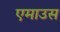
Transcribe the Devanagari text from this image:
एमाउस